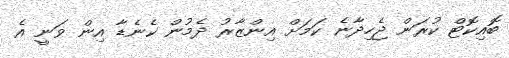
ބޮއިކޮޓް ކުރަން ޖެހިދާނެ ކަމަށް އިންޒާރު ދެމުން ކެނެޑާ އިން ވަނީ އެ